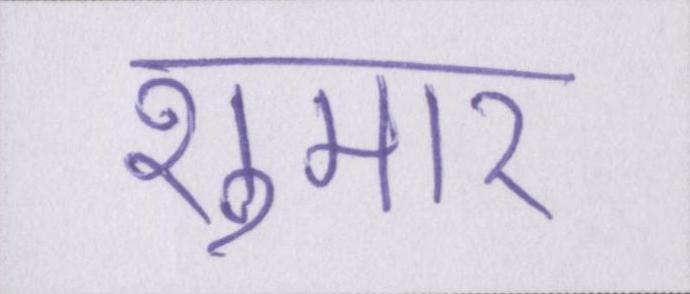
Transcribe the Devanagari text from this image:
शुमार